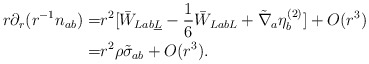
\begin{align*} r\partial_r (r^{-1} n_{ab}) =&r^2[\bar W_{Lab\underline L} -\frac{1}{6} \bar W_{LabL} + \tilde \nabla _a \eta^{(2)}_b]+O(r^3)\\=&r^2 \rho \tilde \sigma_{ab}+O(r^3).\end{align*}